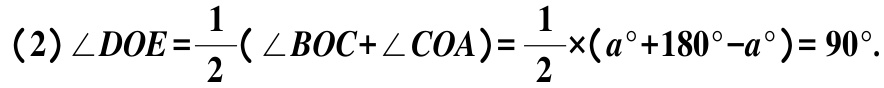
\((2)\angle DOE=\frac{1}{2}(\angle BOC+\angle COA)=\frac{1}{2}\times(a^{\circ}+180^{\circ}-a^{\circ}) = 90^{\circ}.\)